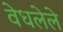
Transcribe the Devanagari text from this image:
वेधलेले